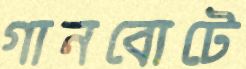
গানবোটে